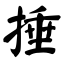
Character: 捶